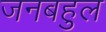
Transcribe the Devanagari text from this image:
जनबहुल